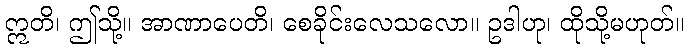
ဣတိ၊ ဤသို့။ အာဏာပေတိ၊ စေခိုင်းလေသလော။ ဥဒါဟု၊ ထိုသို့မဟုတ်။